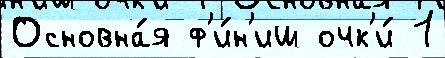
Основна́я ф'и́н'иш очк'и́ 1